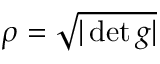
\rho = { \sqrt { | \det g | } }